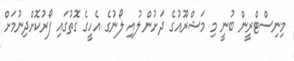
މިނިސްޓްރީން ބުނީ މި މަޝްރޫއުގެ ދަށުން ލުއި ލޯނުގެ އެހީގެ ގޮތުގައި ފޯރުކޮށްދިނުމަށް